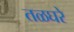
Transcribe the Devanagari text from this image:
तळघरे